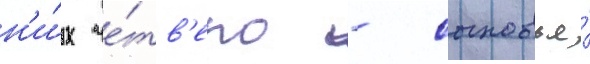
н'и́х че́тв'еро - сыновья́